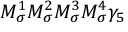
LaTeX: M _ { \sigma } ^ { 1 } M _ { \sigma } ^ { 2 } M _ { \sigma } ^ { 3 } M _ { \sigma } ^ { 4 } \gamma _ { 5 }